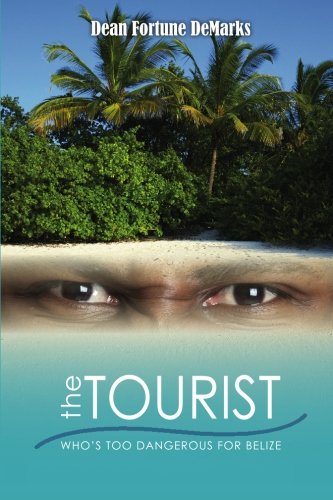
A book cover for The Tourist: Who's Too Dangerous For Belize; Dean Fortune DeMarks; Travel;